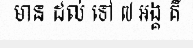
មាន ដល់ ទៅ ៧ អង្គ គឺ